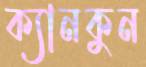
ক্যানকুন